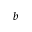
b